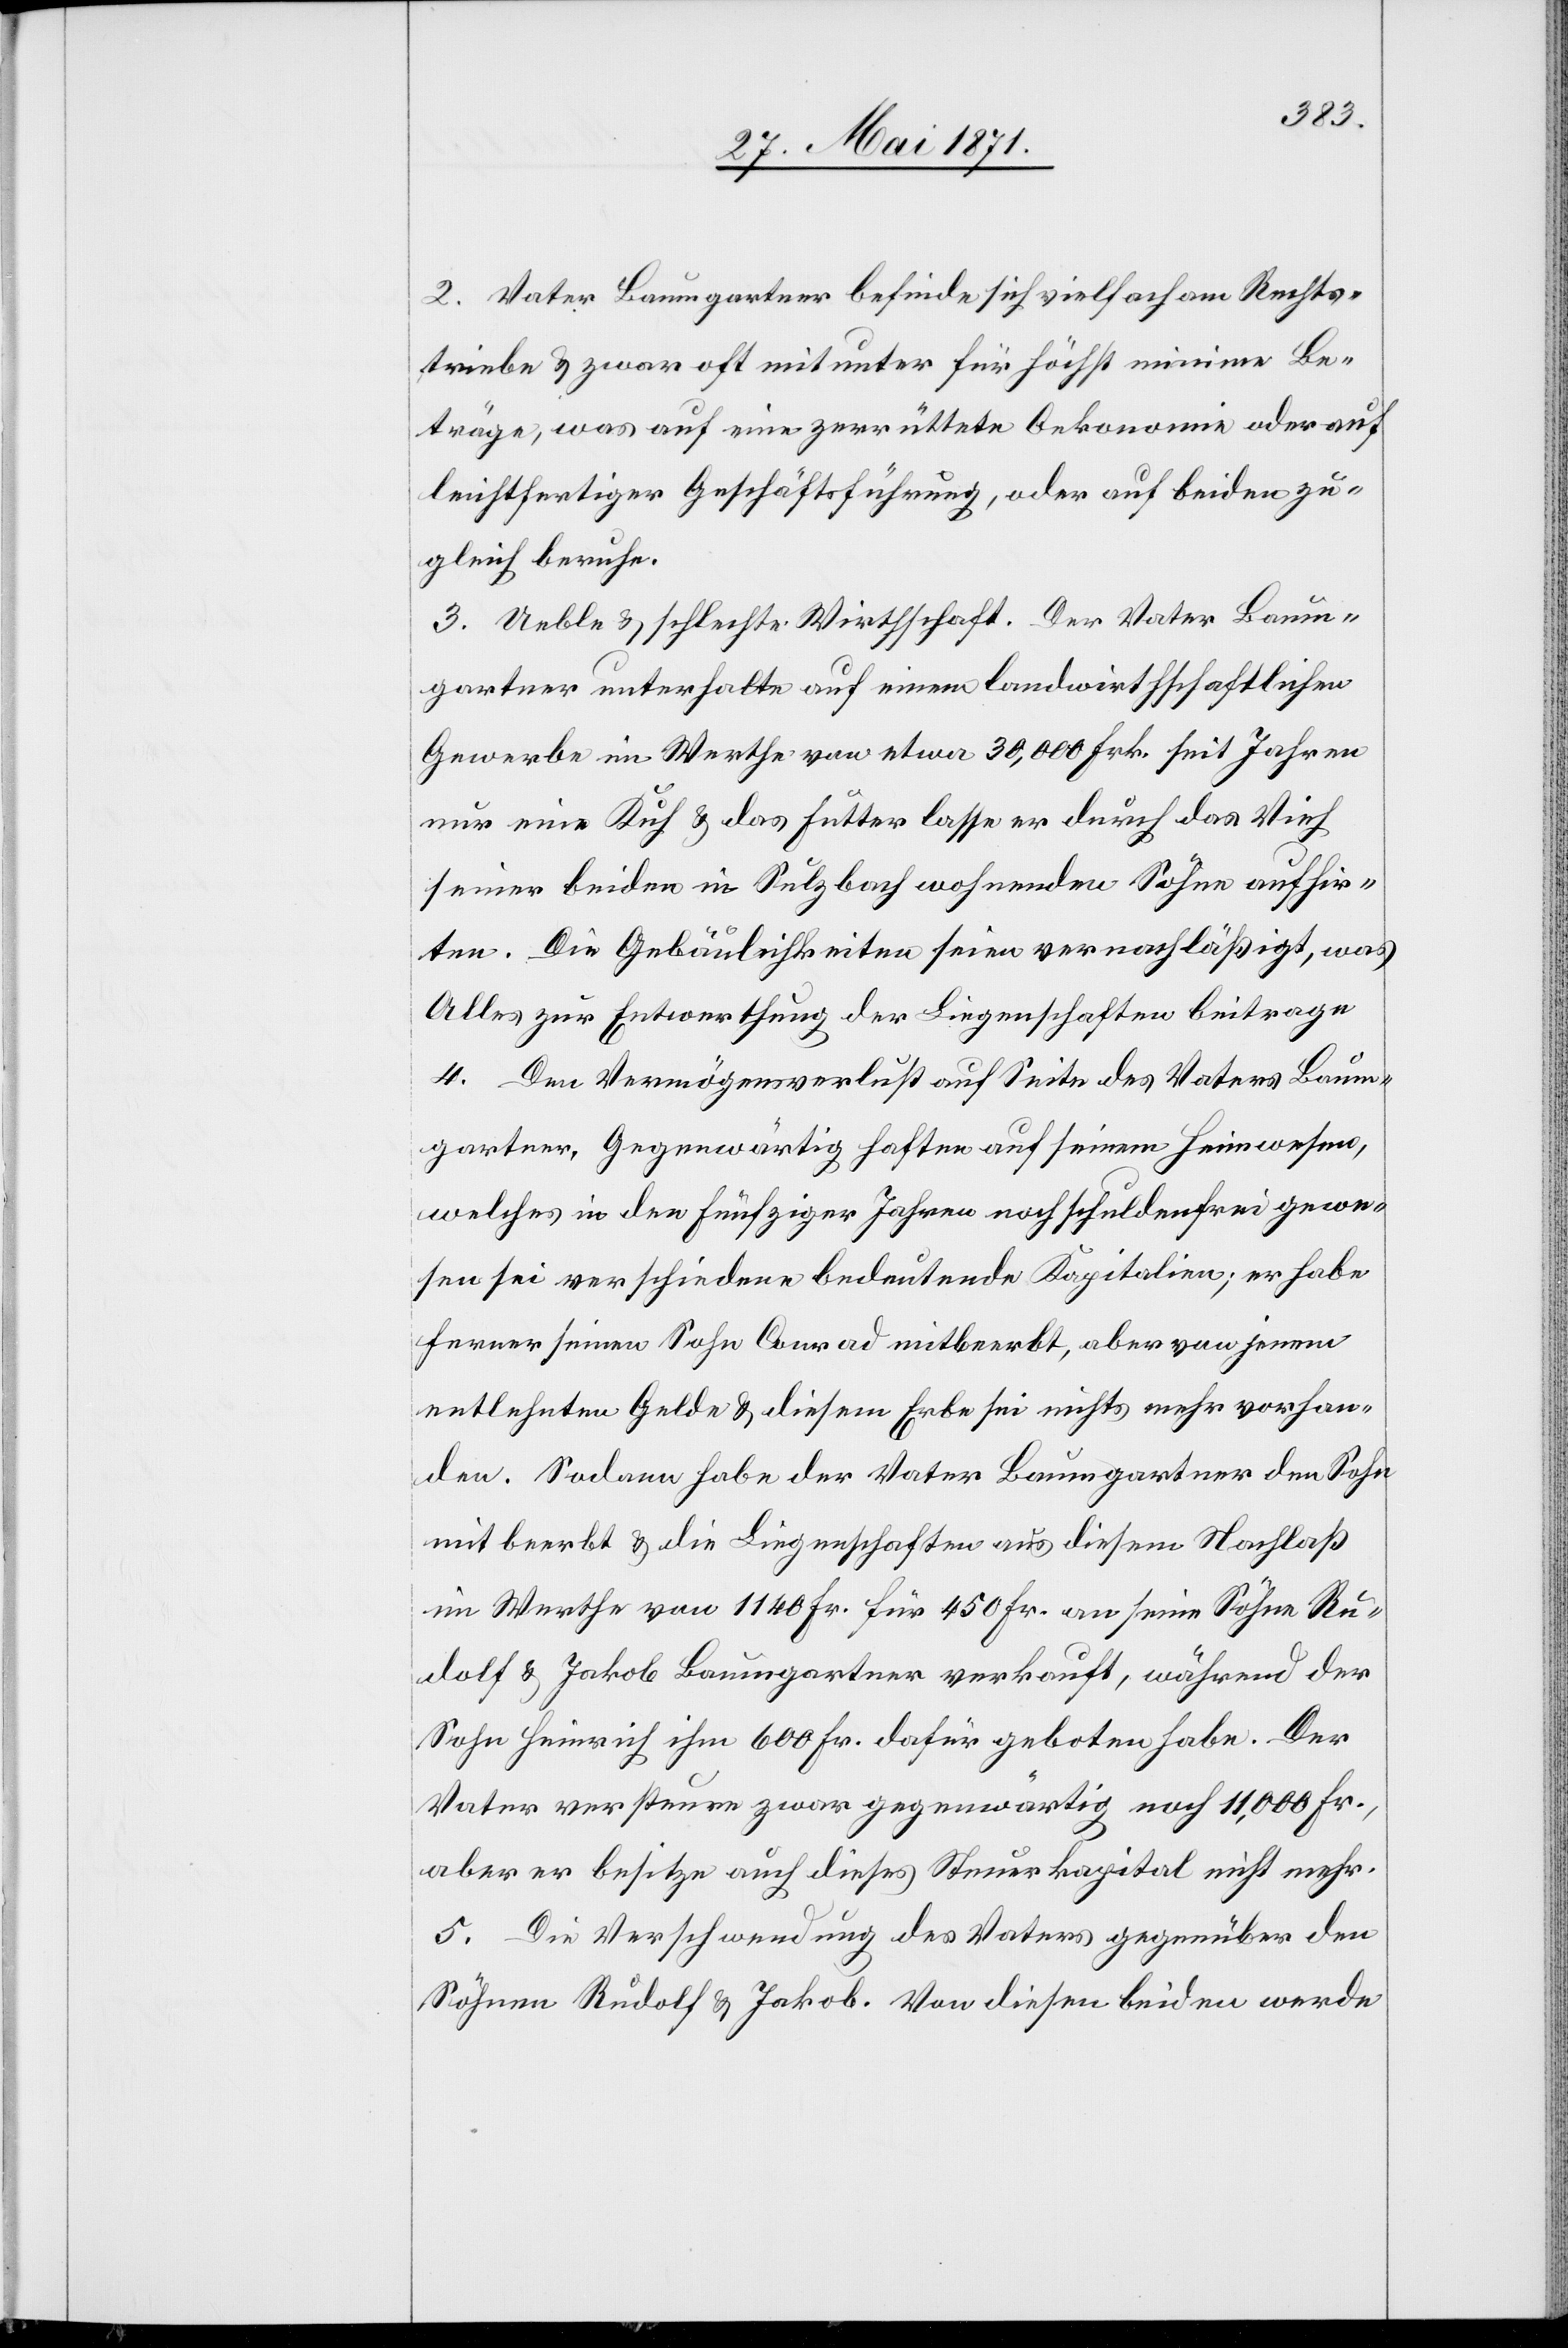
2. Vater Baumgartner befinde sich vielfach am Rechts¬
triebe u. zwar oft mit unter für höchst minime Be¬
träge, was auf eine zerrüttete Oekonomie oder auf
leichtfertiger Geschäftsführung, oder auf beiden zu¬
gleich beruhe.
3. Ueble u. schlechte Wirthschaft. Der Vater Baum¬
gartner unterhalte auf einem landwirthschaftlichen
Gewerbe im Werthe von etwa 30,000 Frk. seit Jahren
nur eine Kuh u. das Futter lasse er durch das Vieh
seiner beiden in Sulzbach wohnenden Söhne aufhir¬
ten. Die Gebäulichkeiten seien vernachläßigt, was
Alles zur Entwerthung der Liegenschaften beitrage
4. Den Vermögensverlust auf Seite des Vaters Baum¬
gartner. Gegenwärtig haften auf seinem Heimwesen,
welches in den fünfziger Jahren noch schuldenfrei gewe¬
sen sei verschiedene bedeutende Kapitalien; er habe
ferner seinen Sohn Conrad mitbeerbt, aber von jenem
entlehnten Gelde u. diesem Erbe sei nichts mehr vorhan¬
den. Sodann habe der Vater Baumgartner den Sohn
mit beerbt u. die Liegenschaften aus diesem Nachlaß
im Werthe von 1140 Fr. für 450 Fr. an seine Söhne Ru¬
dolf u. Jakob Baumgartner verkauft, während der
Sohn Heinrich ihm 600 Fr. dafür geboten habe. Der
Vater versteure zwar gegenwärtig noch 11,000 Fr.,
aber er besitze auch dieses Steuerkapital nicht mehr.
5. Die Verschwendung des Vaters gegenüber den
Söhnen Rudolf u. Jakob. Von diesen beiden werde